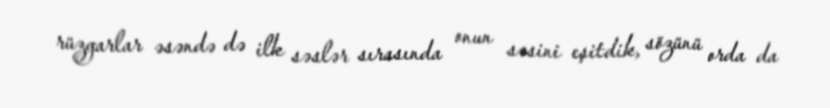
rüzgarlar əsəndə də ilk səslər sırasında onun səsini eşitdik, sözünü orda da